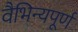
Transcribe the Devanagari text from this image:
वैभिन्यपूर्ण